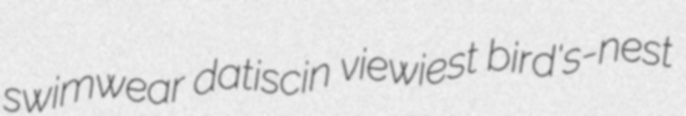
swimwear datiscin viewiest bird's-nest